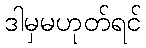
ဒါမှမဟုတ်ရင်